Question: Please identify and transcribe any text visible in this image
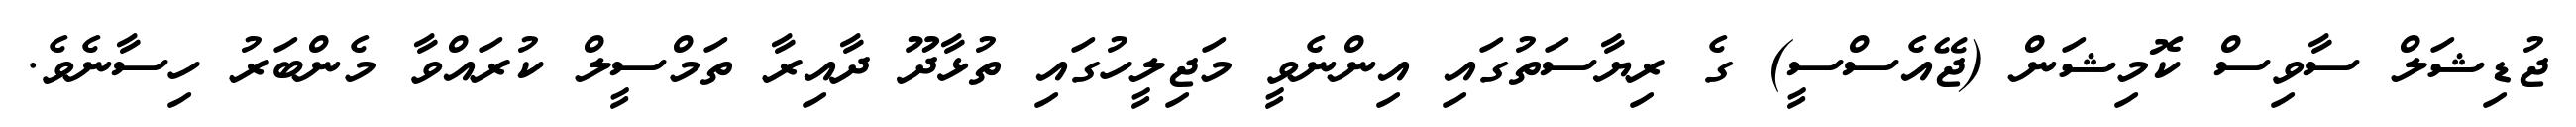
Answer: ޖުޑިޝަލް ސާވިސް ކޮމިޝަން (ޖޭއެސްސީ) ގެ ރިޔާސަތުގައި އިންނެވީ މަޖިލީހުގައި ތުޅާދޫ ދާއިރާ ތަމްސީލް ކުރައްވާ މެންބަރު ހިސާނެވެ.